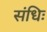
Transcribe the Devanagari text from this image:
संधिः